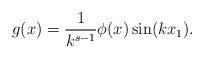
LaTeX: \begin{align*}g(x) =\frac 1 {k^{s-1}} \phi(x) \sin (kx_1).\end{align*}